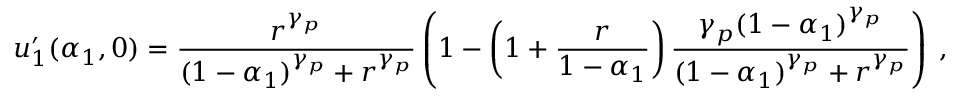
u _ { 1 } ^ { \prime } ( \alpha _ { 1 } , 0 ) = \frac { r ^ { \gamma _ { p } } } { ( 1 - \alpha _ { 1 } ) ^ { \gamma _ { p } } + r ^ { \gamma _ { p } } } \left( 1 - \left( 1 + \frac { r } { 1 - \alpha _ { 1 } } \right) \frac { \gamma _ { p } ( 1 - \alpha _ { 1 } ) ^ { \gamma _ { p } } } { ( 1 - \alpha _ { 1 } ) ^ { \gamma _ { p } } + r ^ { \gamma _ { p } } } \right) \; ,